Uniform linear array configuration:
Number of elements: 48
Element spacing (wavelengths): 1
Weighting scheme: hamming
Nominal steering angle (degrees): -30
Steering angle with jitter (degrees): -29.726
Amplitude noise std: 0.05
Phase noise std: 0.05

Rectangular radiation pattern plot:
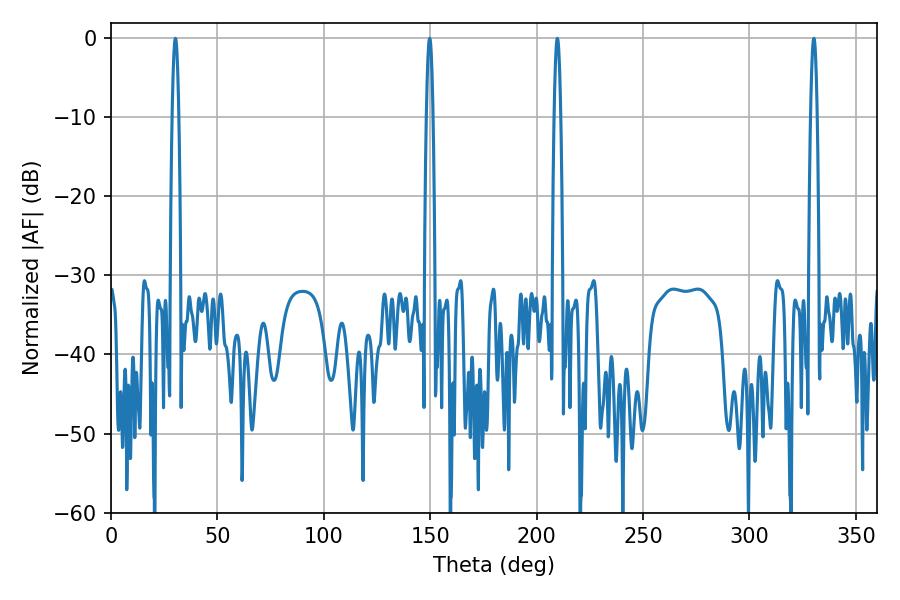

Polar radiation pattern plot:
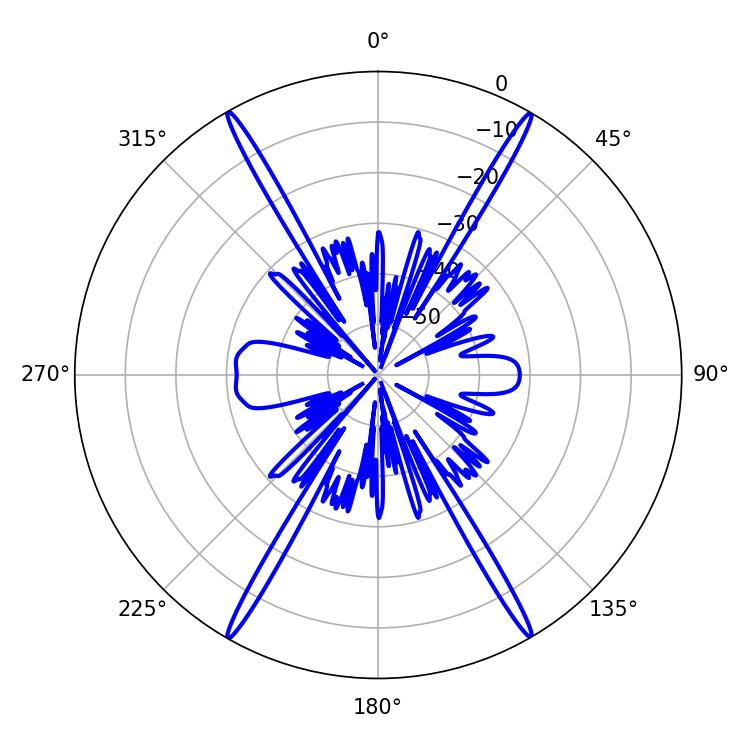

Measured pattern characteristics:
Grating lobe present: TRUE
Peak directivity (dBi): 34.971
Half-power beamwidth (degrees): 1.62
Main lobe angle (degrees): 149.76